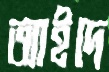
আইদে